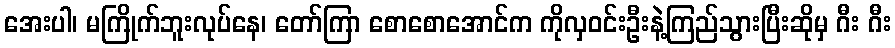
အေးပါ၊ မကြိုက်ဘူးလုပ်နေ၊ တော်ကြာ စောစောအောင်က ကိုလှဝင်းဦးနဲ့ကြည်သွားပြီးဆိုမှ ဂီး ဂီး